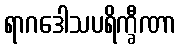
ရာဂဒေါသပရိက္ခီဏာ